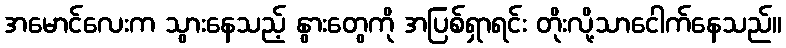
အမောင်လေးက သွားနေသည့် နွားတွေကို အပြစ်ရှာရင်း တိုးလို့သာငေါက်နေသည်။